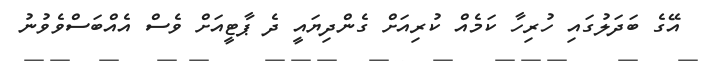
އޭގެ ބަދަލުގައި ހުރިހާ ކަމެއް ކުރިއަށް ގެންދިޔައީ ދެ ޕާޓީއަށް ވެސް އެއްބަސްވެވުނު